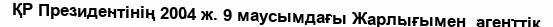
ҚР Президентінің 2004 ж. 9 маусымдағы Жарлығымен  агенттік